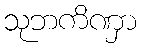
သုဘကိဏှာ